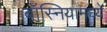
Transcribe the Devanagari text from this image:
बॉस्नियामध्ये